Report on metropolitan horse fairs and district horse shows of 1891-92 - 1891-1892
Year: 1891
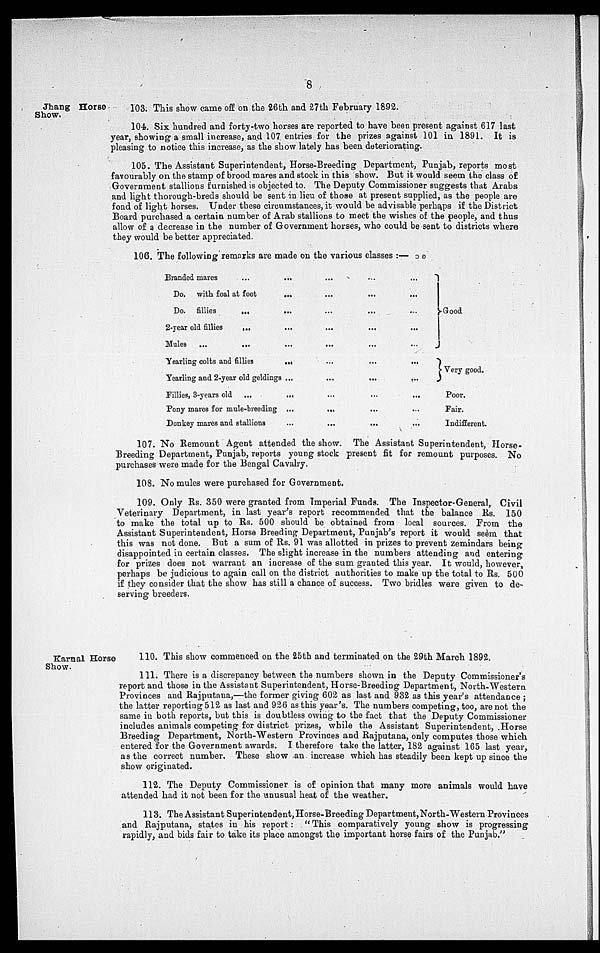
8
Jhang Horse
Show.
103. This show came off on the 26th and 27th February 1892.
104. Six hundred and forty-two horses are reported to have been present against 617 last
year, showing a small increase, and 107 entries for the prizes against 101 in 1891. It is
pleasing to notice this increase, as the show lately has been deteriorating.
105. The Assistant Superintendent, Horse-Breeding Department, Punjab, reports most
favourably on the stamp of brood mares and stock in this show. But it would seem the class of
Government stallions furnished is objected to. The Deputy Commissioner suggests that Arabs
and light thorough-breds should be sent in lieu of those at present supplied, as the people are
fond of light horses. Under these circumstances, it would be advisable perhaps if the District
Board purchased a certain number of Arab stallions to meet the wishes of the people, and thus
allow of a decrease in the number of Government horses, who could be sent to districts where
they would be better appreciated.
106. The following remarks are made on the various classes:—
Branded mares
...
Do. with foal at foot
Do. fillies
2-year old fillies
Mules
...
...
...
Yearling colts and fillies
Yearling and 2-year old geldings
Fillies, 3-years old ...
Pony mares for mule-breeding
Donkey mares and stallions
...
...
...
...
...
...
...
...
...
...
...
...
...
...
...
...
...
...
...
...
...
...
...
...
...
...
...
...
...
...
...
...
...
...
...
...
...
...
...
Good
Very good.
Poor.
Fair.
Indifferent.
107. No Remount Agent attended the show. The Assistant Superintendent, Horse-
Breeding Department, Punjab, reports young stock present fit for remount purposes. No
purchases were made for the Bengal Cavalry.
108. No mules were purchased for Government.
109. Only Rs. 350 were granted from Imperial Funds. The Inspector-General, Civil
Veterinary Department, in last year's report recommended that the balance Rs. 150
to make the total up to Rs. 500 should be obtained from local sources. From the
Assistant Superintendent, Horse Breeding Department, Punjab's report it would seem that
this was not done. But a sum of Rs. 91 was allotted in prizes to prevent zemindars being
disappointed in certain classes. The slight increase in the numbers attending and entering
for prizes does not warrant an increase of the sum granted this year. It would, however,
perhaps be judicious to again call on the district authorities to make up the total to Rs. 500
if they consider that the show has still a chance of success. Two bridles were given to de-
serving breeders.
Karnal Horse
Show.
110. This show commenced on the 25th and terminated on the 29th March 1892.
111. There is a discrepancy between the numbers shown in the Deputy Commissioner's
report and those in the Assistant Superintendent, Horse-Breeding Department, North-Western
Provinces and Rajputana,—the former giving 602 as last and 932 as this year's attendance;
the latter reporting 512 as last and 926 as this year's. The numbers competing, too, are not the
same in both reports, but this is doubtless owing to the fact that the Deputy Commissioner
includes animals competing for district prizes, while the Assistant Superintendent, Horse
Breeding Department, North-Western Provinces and Rajputana, only computes those which
entered for the Government awards. I therefore take the latter, 182 against 165 last year,
as the correct number. These show an increase which has steadily been kept up since the
show originated.
112. The Deputy Commissioner is of opinion that many more animals would have
attended had it not been for the unusual heat of the weather.
113. The Assistant Superintendent, Horse-Breeding Department, North-Western Provinces
and Rajputana, states in his report: "This comparatively young show is progressing
rapidly, and bids fair to take its place amongst the important horse fairs of the Punjab."